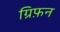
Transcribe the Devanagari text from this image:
ग्रिफ़न